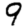
Digit: 9